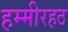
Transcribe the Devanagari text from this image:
हम्मीरहठ